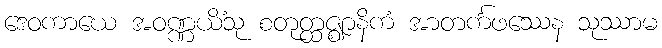
ဒေဝကာယေ အဝဏ္ဏယိံသု စတုတ္ထဇ္ဈာနိကံ အာတင်္ကဖဿေန သုဿာမ